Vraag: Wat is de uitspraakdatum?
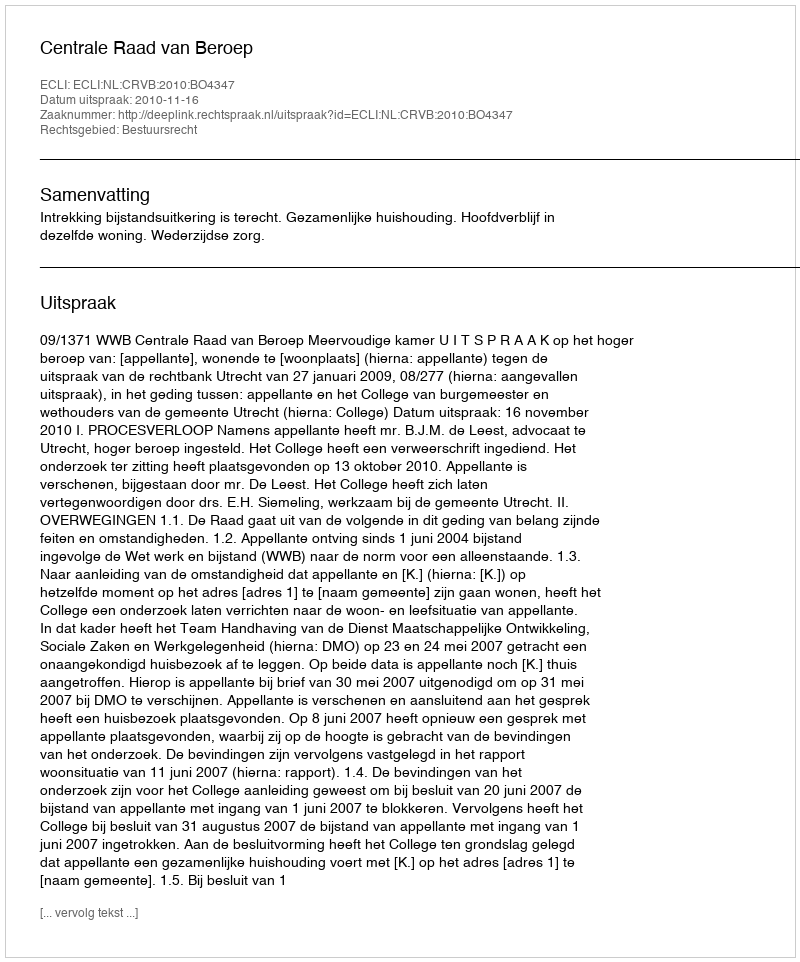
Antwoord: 2010-11-16